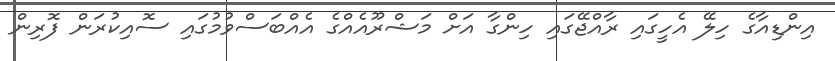
އިންޑިއާގެ ހިލޭ އެހީގައި ރާއްޖޭގައި ހިންގާ އަށް މަޝްރޫއެއްގެ އެއްބަސްވުމުގައި ސޮއިކުރަން ފޮރިން